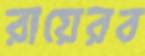
রায়েরব